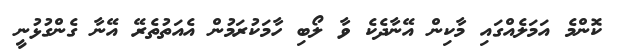
ކޮންމެ އަމަލެއްގައި މާކިން އޭނާދެކެ ވާ ލޯބި ހާމަކުރަމުން އެއަތުތެރޭ އޭނާ ގެންގުޅުނީ